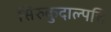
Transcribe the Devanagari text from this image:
सिरुकुदाल्पत्ति